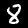
Digit: 8